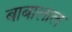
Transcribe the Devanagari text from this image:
बाबालाल